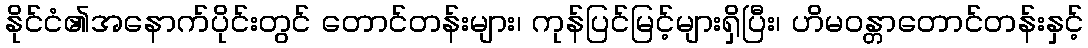
နိုင်ငံ၏အနောက်ပိုင်းတွင် တောင်တန်းများ၊ ကုန်ပြင်မြင့်များရှိပြီး၊ ဟိမဝန္တာတောင်တန်းနှင့်